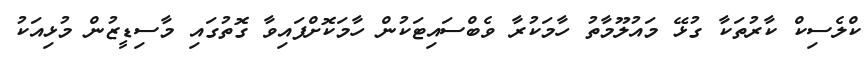
ކްލެސިކް ކާރުތަކާ ގުޅޭ މައުލޫމާތު ހާމަކުރާ ވެބްސައިޓަކުން ހާމަކޮށްފައިވާ ގޮތުގައި މާސިޑީޒުން މުޅިއަކު